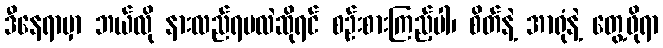
ဒီနေရာမှာ ဘယ်လို နားလည်ရမလဲဆိုရင် စဉ်းစားကြည့်ပါ၊ စိတ်နဲ့ အာရုံနဲ့ တွေ့ဖိုရာ